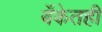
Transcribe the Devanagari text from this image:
बँकेतही